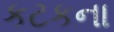
કટકના